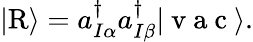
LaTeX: \vert\mathrm{R}\rangle={a}_{I\alpha}^{\dagger}{a}_{I\beta}^{\dagger}\vert\mathrm{~v~a~c~}\rangle.